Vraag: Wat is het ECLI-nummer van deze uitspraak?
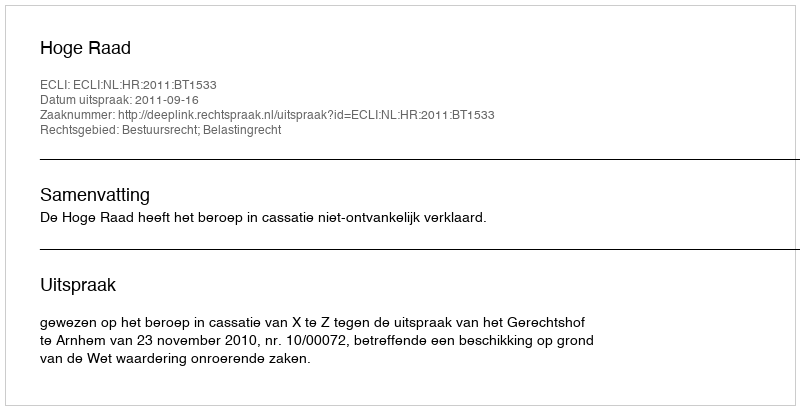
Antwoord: ECLI:NL:HR:2011:BT1533